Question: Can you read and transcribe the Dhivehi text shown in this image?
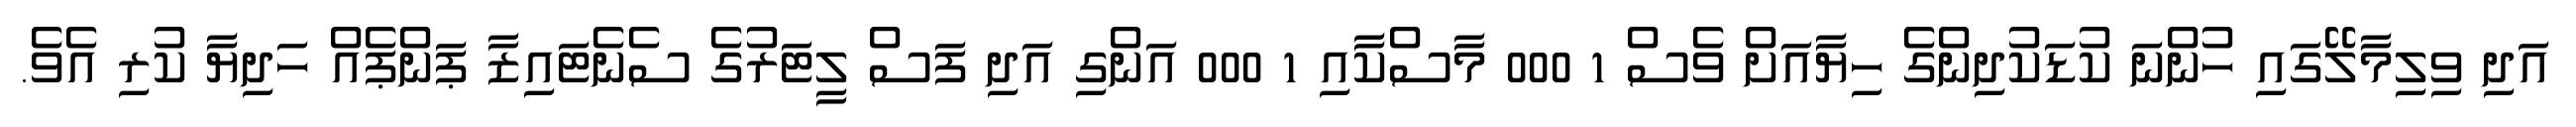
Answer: އަދި ވިލިމާލޭގައި ހުންނަ ކުޑަކުދިންގެ ހިޔާއަށް ވެސް 1 000 މާސްކާއި 1 000 އަންގި އަދި ފަސް ލީޓަރުގެ ސެނެޓައިޒާ ޕަންޕެއް ހަދިޔާ ކުރި އެވެ.